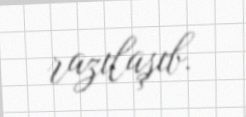
razılaşıb.